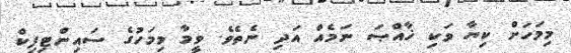
މިމަހަށް ކިޔާ ވަކި ޚާއްޞަ ނަމެއް އަދި ނެތެވެ. ވީމާ މިމަހުގެ ސައިންޓިފިކް